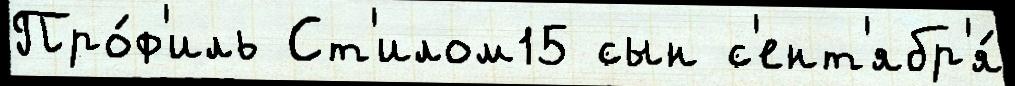
Про́ф'иль Ст'илом15 сын с'ент'ябр'я́